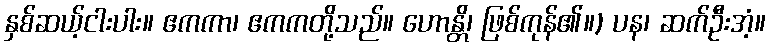
နှစ်ဆယ့်ငါးပါး။ ဧကကာ၊ ဧကကတို့သည်။ ဟောန္တိ၊ ဖြစ်ကုန်၏။) ပန၊ ဆက်ဦးအံ့။